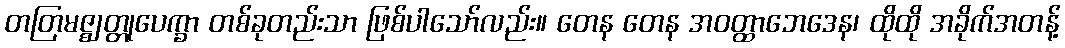
တတြမဇ္ဈတ္တုပေက္ခာ တစ်ခုတည်းသာ ဖြစ်ပါသော်လည်း။ တေန တေန အဝတ္ထာဘေဒေန၊ ထိုထို အခိုက်အတန့်